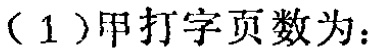
（1）甲打字页数为：